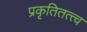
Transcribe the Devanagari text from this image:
प्रकृतितत्त्व